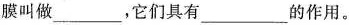
膜叫做___，它们具有___的作用。